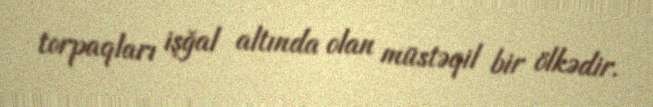
torpaqları işğal altında olan müstəqil bir ölkədir.